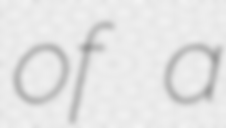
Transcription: of a